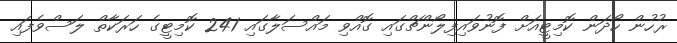
ރުހުން ހޯދަން ކޮމިޓީއަށް ފޮނުވައިފިލޯންޗްގައި ގޮއްވި މައްސަލާގައި 241 ކޮމިޓީގެ ހަރަކާތް ލަސްވެފައި